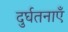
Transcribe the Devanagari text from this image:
दुर्घतनाएँ